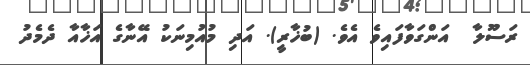
ރަސޫލާ  އަންގަވާފައިވެ އެވެ. (ބުޚާރީ). އަދި މުއުމިނަކު އޭނާގެ އަޚާއާ ދެމެދު